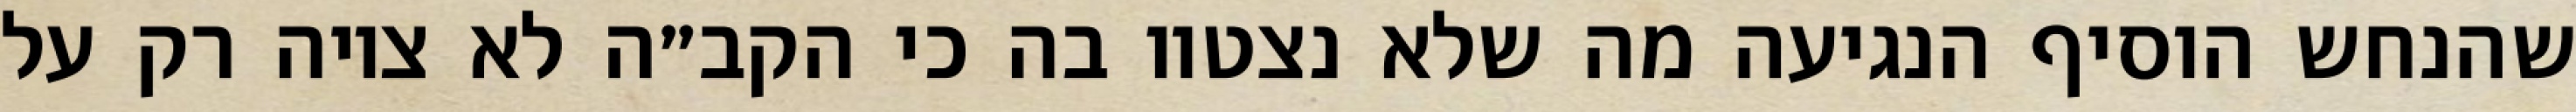
שהנחש הוסיף הנגיעה מה שלא נצטוו בה כי הקב״ה לא ציוה רק על